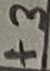
Text: +3